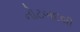
નોટબદલી